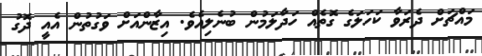
މައްޗަށް ދެރަވާ ކަހަލަގެ ގޮތެއް ހަދާލަމުން ބުނެލިއެވެ. އިޒާންއަށް ވަގުތުން އެއީ ދޮގު